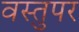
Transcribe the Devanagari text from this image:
वस्तुपर